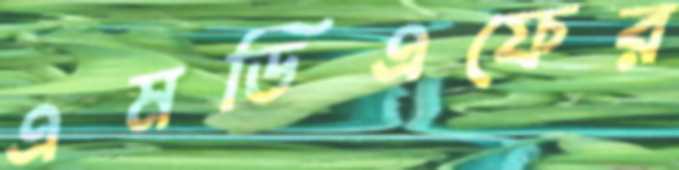
এমডিএফের